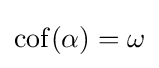
\operatorname {cof} (\alpha )=\omega